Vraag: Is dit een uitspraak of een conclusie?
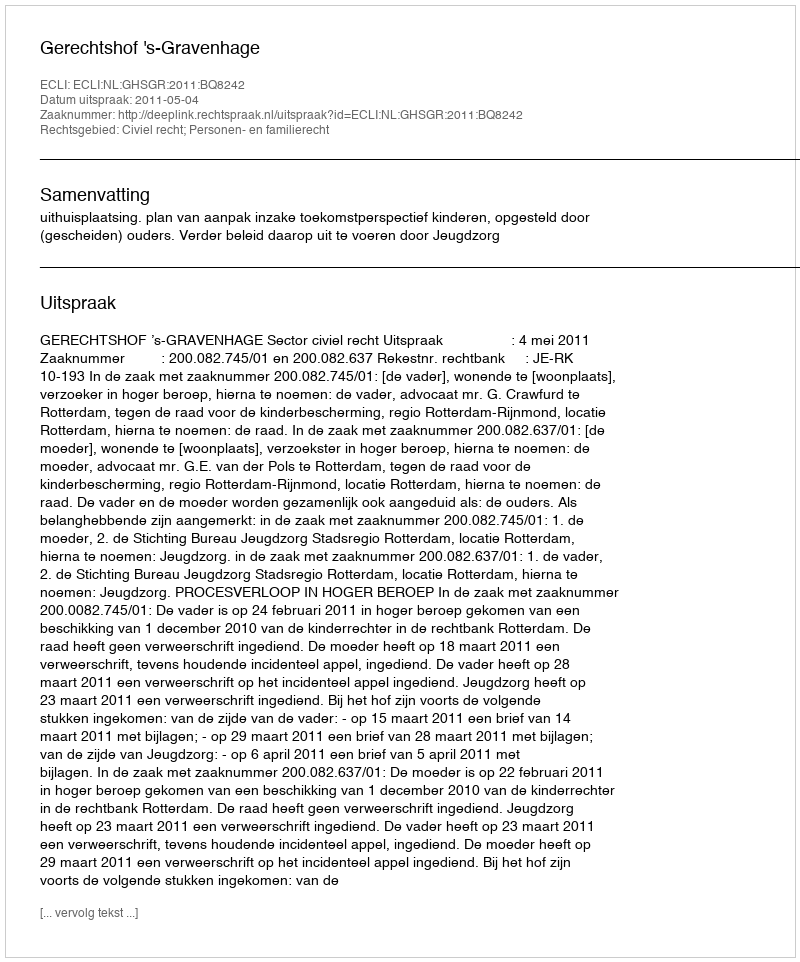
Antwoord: Uitspraak